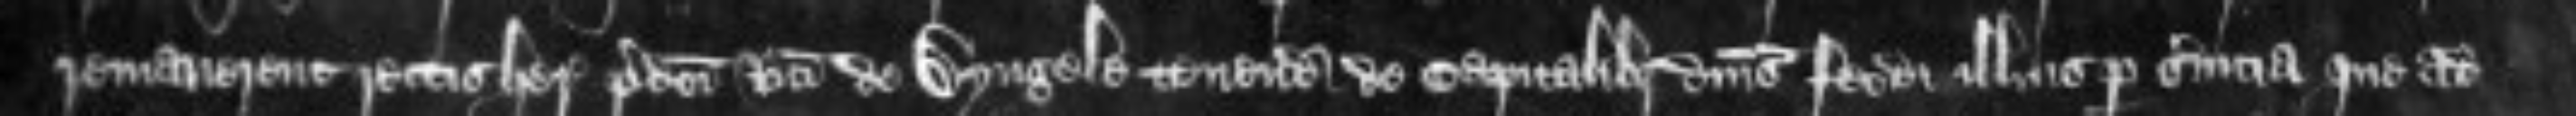
remanerent rectis heredibus predicti Ricardi de Dyngele tenendo de capitalibus dominis feodi illius per servicia que ad